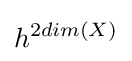
h^{2dim(X)}